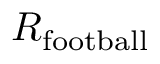
R _ { \mathrm { f o o t b a l l } }